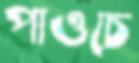
পাওচে